Lunatic asylums in Bengal annual reports 1912-1924 - 1912-1924
Year: 1912
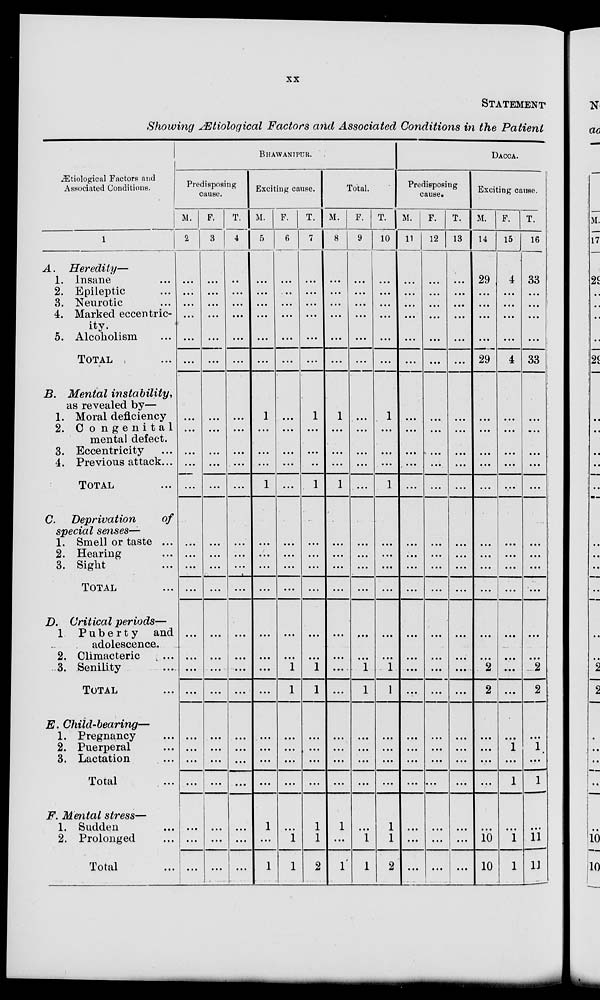
xx
STATEMENT
Showing Ætiological Factors and Associated Conditions in the Patient
Ætiological Factors and
Associated Conditions.
1
A.
Heredity—
1. Insane ...
2. Epileptic ...
3. Neurotic ...
4. Marked eccentric-
ity.
5. Alcoholism ...
TOTAL ...
B. Mental
instability,
as revealed by—
1. Moral deficiency
2. Congenital
mental defect.
3. Eccentricity ...
4. Previous attack ...
TOTAL ...
C. Deprivation
of
special senses—
1. Smell or taste ...
2. Hearing ...
3. Sight ...
TOTAL ...
D. Critical periods—
1. Puberty
and
adolescence.
2. Climacteric ...
3. Senility ...
TOTAL ...
E. Child-bearing—
1. Pregnancy ...
2. Puerperal ...
3. Lactation ...
Total ...
F. Mental stress—
1. Sudden ...
2. Prolonged ...
Total ...
BHAWANIPUR.
Predisposing
cause.
M.
2
...
...
...
...
...
...
...
...
...
...
...
...
...
...
...
...
...
...
...
...
...
...
...
...
...
...
F.
3
...
...
...
...
...
...
...
...
...
...
...
...
...
...
...
...
...
...
...
...
...
...
...
...
...
...
T.
4
...
...
...
...
...
...
...
...
...
...
...
...
...
...
...
...
...
...
...
...
...
...
...
...
...
...
Exciting cause.
M.
5
...
...
...
...
...
...
1
...
...
...
1
...
...
...
...
...
...
...
...
...
...
...
...
1
...
1
F.
6
...
...
...
...
...
...
...
...
...
...
...
...
...
...
...
...
...
1
1
...
...
...
...
...
1
1
T.
7
...
...
...
...
...
...
1
...
...
...
1
...
...
...
...
...
...
1
1
...
...
...
...
1
1
2
Total.
M.
8
...
...
...
...
...
...
1
...
...
...
1
...
...
...
...
...
...
...
...
...
...
...
...
1
...
1
F.
9
...
...
...
...
...
...
...
...
...
...
...
...
...
...
...
...
...
1
1
...
...
...
...
...
1
1
T.
10
...
...
...
...
...
...
1
...
...
...
1
...
...
...
...
...
...
1
1
...
...
...
...
1
1
2
DACCA.
Predisposing
cause.
M.
11
...
...
...
...
...
...
...
...
...
...
...
...
...
...
...
...
...
...
...
...
...
...
...
...
...
...
F.
12
...
...
...
...
...
...
...
...
...
...
...
...
...
...
...
...
...
...
...
...
...
...
...
...
...
...
T.
13
...
...
...
...
...
...
...
...
...
...
...
...
...
...
...
...
...
...
...
...
...
...
...
...
...
...
Exciting cause.
M.
14
29
...
...
...
...
29
...
...
...
...
...
...
...
...
...
...
...
2
2
...
...
...
...
...
10
10
F.
15
4
...
...
...
...
4
...
...
...
...
...
...
...
...
...
...
...
...
...
...
1
...
1
...
1
1
T.
16
33
...
...
...
...
33
...
...
...
...
...
...
...
...
...
...
...
2
2
...
1
...
1
...
11
11